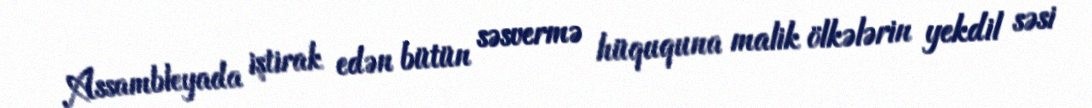
Assambleyada iştirak edən bütün səsvermə hüququna malik ölkələrin yekdil səsi